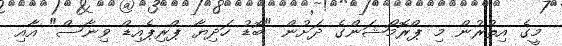
މީގެ އިތުރުން މި ޕްރޮމޯޝަންގެ ދަށުން "ބޮޑު ހަދިޔާ ޕްރިޕެއިޑް ވިނާސް" އާއި